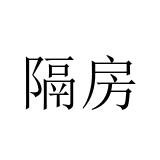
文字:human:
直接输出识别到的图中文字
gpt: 隔房